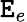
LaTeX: \mathtt{E}_{e}